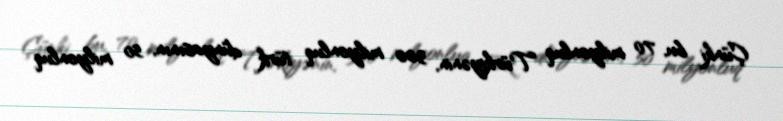
Çünki bu, 70 milyonluq Türkiyənin, 300 milyonluq türk dünyasının, 50 milyonluq